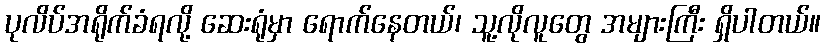
ပုလိပ်အရိုက်ခံရလို့ ဆေးရုံမှာ ရောက်နေတယ်၊ သူ့လိုလူတွေ အများကြီး ရှိပါတယ်။